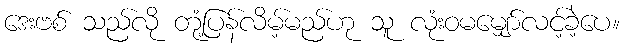
ဒေးဗစ် သည်လို တုံ့ပြန်လိမ့်မည်ဟု သူ လုံးဝမမျှော်လင့်ခဲ့ပေ။